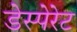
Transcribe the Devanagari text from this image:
डेस्पेरेट